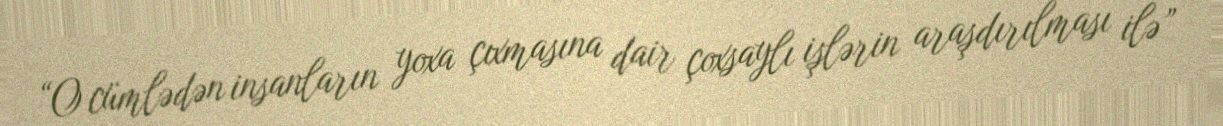
“O cümlədən insanların yoxa çıxmasına dair çoxsaylı işlərin araşdırılması ilə”